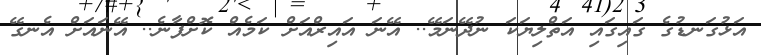
އަޅުގަނޑުގެ ގައިގައި އަތްލިޔަކަ ނުދޭނަމޭ.. އޭނަ އައިރްއަށް ކަމެއް ކޮށްފާނެ.. އޭނައަށް އެނގޭ